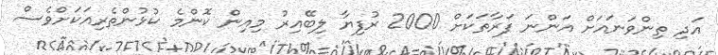
އަދި ތިންވަނައަށް އަންނަ ފަރާތަކަށް 2000 ރުފިޔާ ލިބޭއިރު މިއިން ކޮންމެ ކުޅުންތެރިއަކަށްވެސް